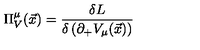
\Pi _ { V } ^ { \mu } ( { \vec { x } } ) = \frac { \delta { L } } { \delta \left( \partial _ { + } V _ { \mu } ( \vec { x } ) \right) }